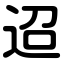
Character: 迢